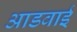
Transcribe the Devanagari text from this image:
आडवाई